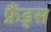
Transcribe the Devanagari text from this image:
फ्रैंड्स